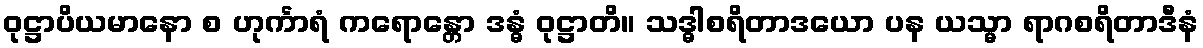
ဝုဋ္ဌာပိယမာနော စ ဟုင်္ကာရံ ကရောန္တော ဒန္ဓံ ဝုဋ္ဌာတိ။ သဒ္ဓါစရိတာဒယော ပန ယသ္မာ ရာဂစရိတာဒီနံ